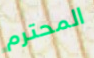
المحترم